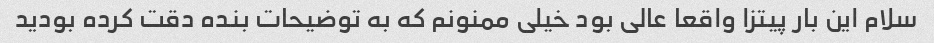
سلام این بار پیتزا واقعا عالی بود خیلی ممنونم که به توضیحات بنده دقت کرده بودید